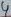
Text: 4